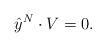
LaTeX: \begin{align*}\hat{y}^{N}\cdot V=0.\end{align*}